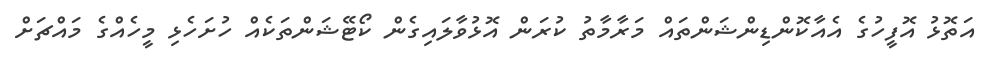
އަތޮޅު އޮފީހުގެ އެއާކޮންޑިންޝަންތައް މަރާމާތު ކުރަން އޮޅުވާލައިގެން ކޯޓޭޝަންތަކެއް ހުށަހެޅި މީހެއްގެ މައްޗަށް